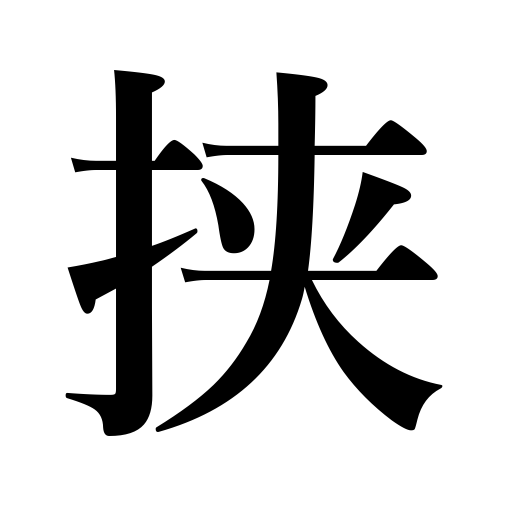
Meanings: put between,be jammed in,insert,interpose,be caught in,jam into,be hemmed in,hold between,get between,lie between,be pinned under,be sandwiched between,nip